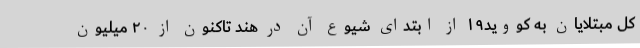
کل مبتلایان به کووید۱۹ از ابتدای شیوع آن در هند تاکنون از ۲۰ میلیون